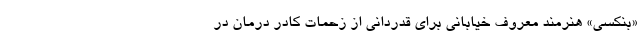
«بنکسی» هنرمند معروف خیابانی برای قدردانی از زحمات کادر درمان در